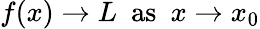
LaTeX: f(x)\to L\ \ {\mathrm{as}}\ \ x\to x_{0}